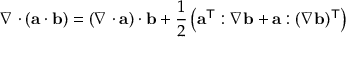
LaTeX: \nabla \cdot ( \mathbf { a } \cdot \mathbf { b } ) = ( \nabla \cdot \mathbf { a } ) \cdot \mathbf { b } + { \frac { 1 } { 2 } } \left( \mathbf { a } ^ { \mathsf { T } } : \nabla \mathbf { b } + \mathbf { a } : ( \nabla \mathbf { b } ) ^ { \mathsf { T } } \right)